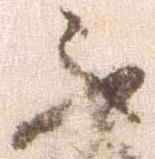
不